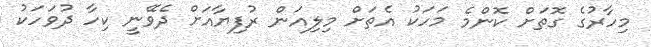
މިހާރުގެ ގޮތަށް ކޮންމެ މަހަކު އެތަށް މިލިއަން ރުފިޔާއަށް ދެވޭނީ ކިހާ ދުވަހަކު